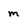
Character: m